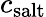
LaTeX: c_{\mathrm{salt}}